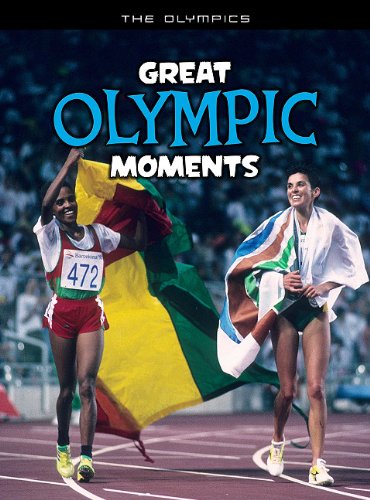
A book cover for Great Olympic Moments (The Olympics); Michael Hurley; Children's Books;